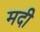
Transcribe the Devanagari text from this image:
मदी